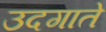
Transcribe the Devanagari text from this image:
उदगाते